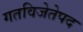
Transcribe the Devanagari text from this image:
गतविजेतेपद